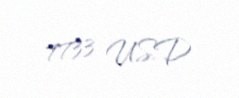
7733 USD